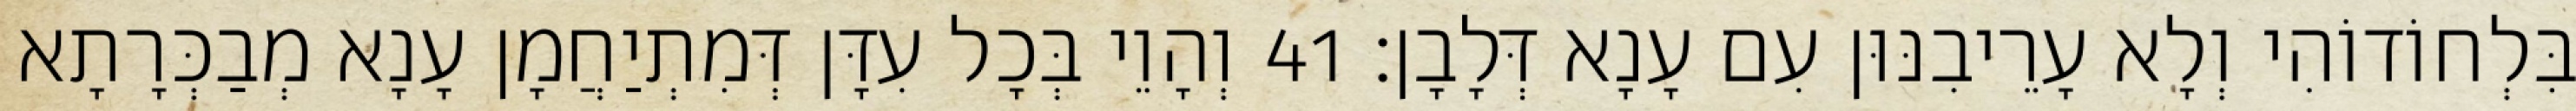
בִּלְחוֹדוֹהִי וְלָא עָרֵיבִנּוּן עִם עָנָא דְּלָבָן׃ 41 וְהָוֵי בְּכָל עִדָּן דְּמִתְיַחֲמָן עָנָא מְבַכְּרָתָא